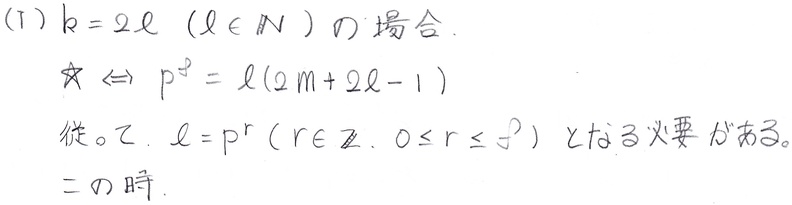
(1) $k = 2\ell\ (\ell\in \mathbb{N})$ の場合.
\[
☆\Leftrightarrow p^{2}=\ell(2m + 2\ell - 1)
\]
従って, $\ell = p^{r}\ (r\in \mathbb{Z},\ 0\leq r\leq 2)$ となる必要がある。この時,